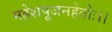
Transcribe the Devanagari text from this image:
महेशपूजनहेतोः।।